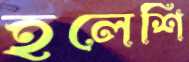
হলেশি